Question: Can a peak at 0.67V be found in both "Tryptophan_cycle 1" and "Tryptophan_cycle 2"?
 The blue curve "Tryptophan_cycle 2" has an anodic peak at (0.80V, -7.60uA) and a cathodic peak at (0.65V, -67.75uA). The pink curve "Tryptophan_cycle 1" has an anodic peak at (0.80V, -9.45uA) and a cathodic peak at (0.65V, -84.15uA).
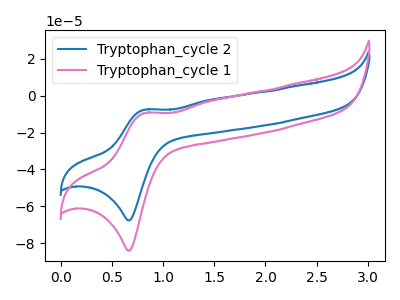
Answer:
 <answer>Yes, "Tryptophan_cycle 1" and "Tryptophan_cycle 2" share a peak at 0.67V.</answer>
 <eval>match</eval>